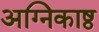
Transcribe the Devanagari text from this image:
अग्निकाष्ठ